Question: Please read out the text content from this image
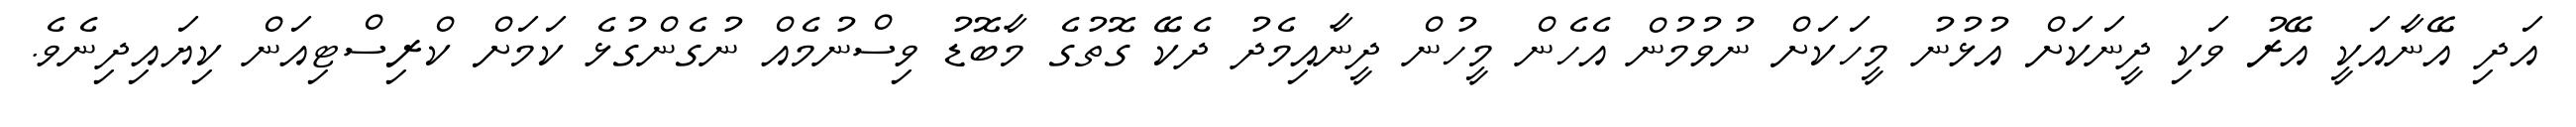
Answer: އަދި އޭނާއަކީ އޭރު ވަކި ދީނަކަށް އުޅުނު މީހަކަށް ނުވުމުން އެހެން މީހުން ދީނާއިމެދު ދެކޭ ގޮތުގެ މާބޮޑު ވިސްނުމެއް ނުގެންގުޅެ ކަމަށް ކްރިސްޓިއަން ކިޔައިދިނެވެ.